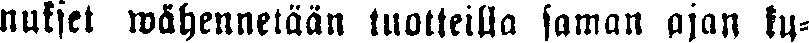
nukset wähennetään tuotteilla saman ajan tu-